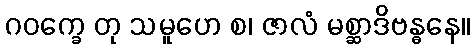
ဂဝက္ခေ တု သမူဟေ စ၊ ဇာလံ မစ္ဆာဒိဗန္ဓနေ။